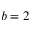
b = 2